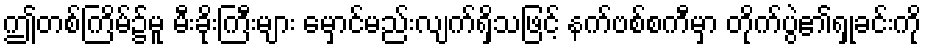
ဤတစ်ကြိမ်၌မူ မီးခိုးကြီးများ မှောင်မည်းလျက်ရှိသဖြင့် နက်ဗစ်စကီမှာ တိုက်ပွဲ၏ရှုခင်းကို